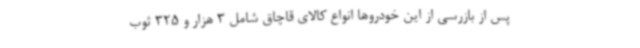
پس از بازرسی از این خودروها انواع کالای قاچاق شامل 3 هزار و 325 ثوب